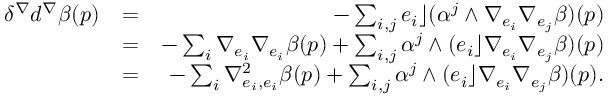
\begin{array} { r l r } { \delta ^ { \nabla } d ^ { \nabla } \beta ( p ) } & { = } & { - \sum _ { i , j } e _ { i } \rfloor ( \alpha ^ { j } \wedge \nabla _ { e _ { i } } \nabla _ { e _ { j } } \beta ) ( p ) } \\ & { = } & { - \sum _ { i } \nabla _ { e _ { i } } \nabla _ { e _ { i } } \beta ( p ) + \sum _ { i , j } \alpha ^ { j } \wedge ( e _ { i } \rfloor \nabla _ { e _ { i } } \nabla _ { e _ { j } } \beta ) ( p ) } \\ & { = } & { - \sum _ { i } \nabla _ { e _ { i } , e _ { i } } ^ { 2 } \beta ( p ) + \sum _ { i , j } \alpha ^ { j } \wedge ( e _ { i } \rfloor \nabla _ { e _ { i } } \nabla _ { e _ { j } } \beta ) ( p ) . } \end{array}